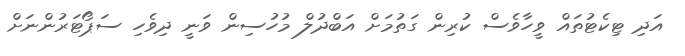
އަދި ޓިކެޓުތައް ވީހާވެސް ކުރިން ގަތުމަށް އަބްދުލް މުހުސިން ވަނީ ދިވެހި ސަޕޯޓަރުންނަށް